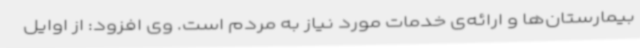
بیمارستان‌ها و ارائه‌ی خدمات مورد نیاز به مردم است. وی افزود: از اوایل